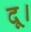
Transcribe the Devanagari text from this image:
दू।